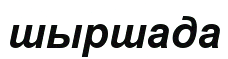
шыршада